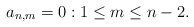
\begin{align*} a_{n,m}=0:1\leq m\leq n-2.\end{align*}